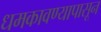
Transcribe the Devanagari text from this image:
धमकावण्यापासून